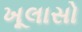
ખૂલાસો